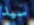
سيد